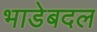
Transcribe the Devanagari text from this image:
भाडेबदल